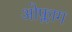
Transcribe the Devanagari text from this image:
ओफ्लाग